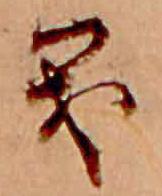
も